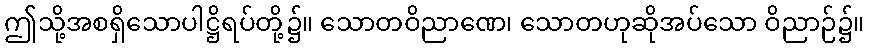
ဤသို့အစရှိသောပါဋ္ဌိရပ်တို့၌။ သောတဝိညာဏေ၊ သောတဟုဆိုအပ်သော ဝိညာဉ်၌။